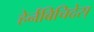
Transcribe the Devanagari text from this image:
हेर्नबिचिदेस्